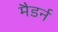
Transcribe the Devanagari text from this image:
मैडर्न